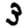
Digit: 3